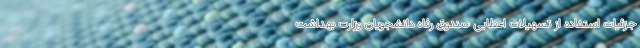
جزئیات استفاده از تسهیلات اعطایی صندوق رفاه دانشجویان وزارت بهداشت